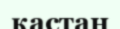
қастан